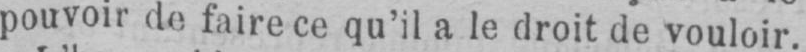
pouvoir de faire ce qu’il a le droit de vouloir.